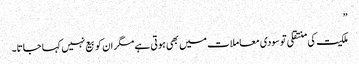
”
ملکیت کی منتقلی تو سودی معاملات میں بھی ہوتی ہے مگر ان کو بیع نہیں کہا جاتا۔